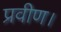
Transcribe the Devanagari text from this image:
प्रवीण।